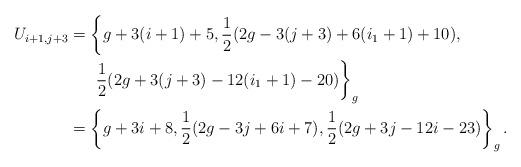
LaTeX: \begin{align*}U_{i+1,j+3}&=\left\{g+3(i+1)+5,\frac{1}{2}(2g-3(j+3)+6(i_1+1)+10),\right.\\&\phantom{\;\;\;\;\;}\left.\frac{1}{2} (2g+3(j+3)-12(i_1+1)-20)\right\}_{g}\\&= \left\{g+3i+8,\frac{1}{2}(2g-3j+6i+7),\frac{1}{2}(2g+3j-12i-23)\right\}_{g}.\end{align*}